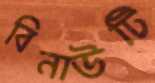
বিনাউটি